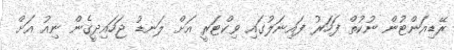
ރޭޑިއަންޓުން ނުކުތް ފަހަރު ފައިނަލުގައި ވިކްޓަރީ އަށް ލަނޑު ޖަހައިދީގެން ނިއު އަށް